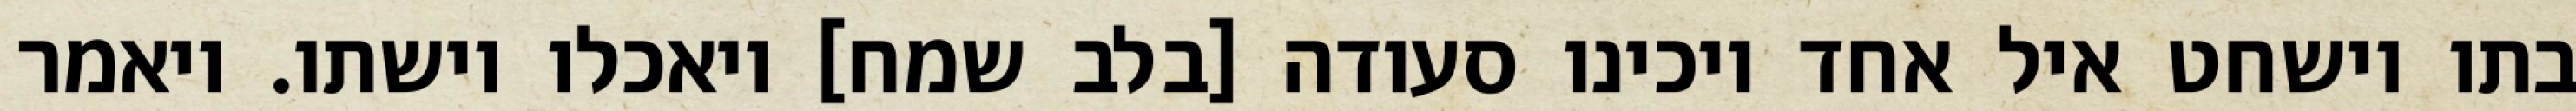
בתו וישחט איל אחד ויכינו סעודה [בלב שמח] ויאכלו וישתו. ויאמר